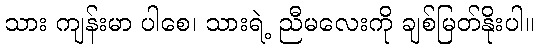
သား ကျန်းမာ ပါစေ၊ သားရဲ့ ညီမလေးကို ချစ်မြတ်နိုးပါ။